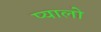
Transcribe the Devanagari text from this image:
प्यालो